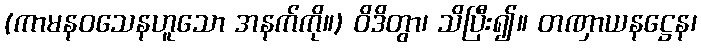
(ကာမနဝသေနဟူသော အနက်ကို။) ဝိဒိတွာ၊ သိပြီး၍။ တဏှာယနဋ္ဌေန၊